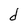
Character: d